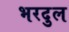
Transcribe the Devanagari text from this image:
भरदुल